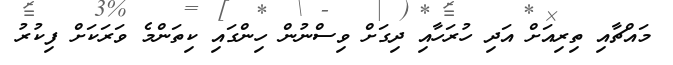
މައްޗާއި ތިރިއަށް އަދި ހުރަހާއި ދިގަށް ވިސްނުން ހިންގައި ކިތަންމެ ވަރަކަށް ފިކުރު